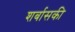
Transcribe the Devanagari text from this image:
शर्बासकी